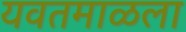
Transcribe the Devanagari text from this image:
यवतमाळला